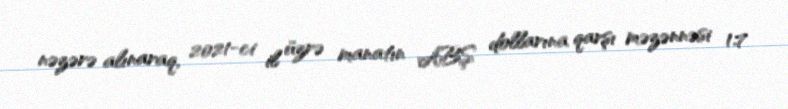
nəzərə alınaraq, 2021-ci il üzrə manatın ABŞ dollarına qarşı məzənnəsi 1.7